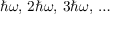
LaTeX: \hbar \omega , \, 2 \hbar \omega , \, 3 \hbar \omega , \, \ldots